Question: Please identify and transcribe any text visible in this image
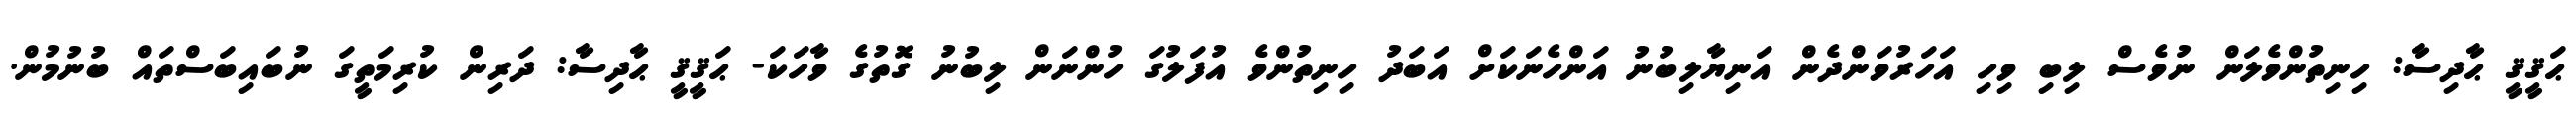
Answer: ޙަޤީޤީ ޙާދިސާ: ހިނިތުންވެލަން ނުވެސް ލިބި ވިހި އަހަރުވަންދެން އަނިޔާލިބުނު އަންހެނަކަށް އަބަދު ހިނިތުންވެ އުފަލުގަ ހުންނަން ލިބުނު ގޮތުގެ ވާހަކަ- ޙަޤީޤީ ޙާދިސާ: ދަރިން ކުރިމަތީގަ ނުބައިބަސްތައް ބުނުމުން.